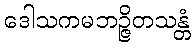
ဒေါသကမဘဉ္ဇိတသန္တံ